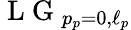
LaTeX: \mathrm{~L~G~}_{p_{p}=0,\ell_{p}}